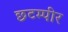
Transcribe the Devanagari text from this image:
छटम्पीर